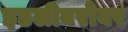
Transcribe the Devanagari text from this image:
इडलीबरोबर